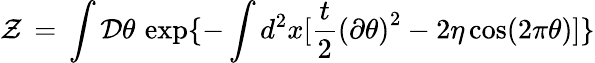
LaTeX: {\cal Z}\, =\, \int{\cal D}\theta\, \exp\{ -\int d^{2}x[\frac{t}{2}{(\partial\theta)}^{2}-2\eta\cos(2\pi\theta)]\}